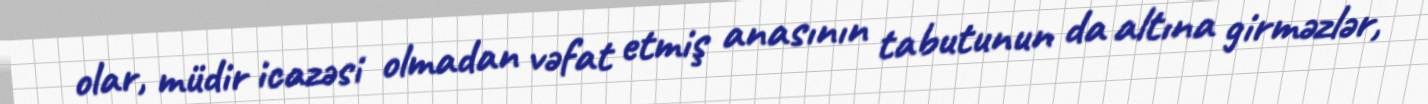
olar, müdir icazəsi olmadan vəfat etmiş anasının tabutunun da altına girməzlər,